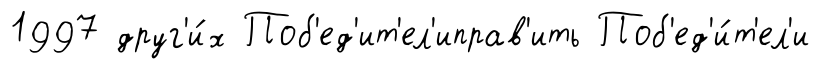
1997 друг'и́х Поб'ед'ит'ел'иправ'ить Поб'ед'и́т'ел'и